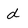
Character: d